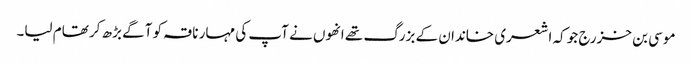
موسی بن خزرج جو کہ اشعری خاندان کے بزرگ تھے انھوں نے آپ کی مہار ناقہ کو آگے بڑھ کر تھام لیا۔